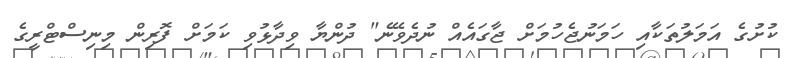
ކުށުގެ އަމަލުތަކާއި ހަމަނުޖެހުމަށް ޖާގައެއް ނުދެވޭނެ" ދުންޔާ ވިދާޅުވި ކަމަށް ފޮރިން މިނިސްޓްރީގެ